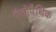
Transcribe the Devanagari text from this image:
ऍलोपैथिक